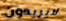
لايريدون